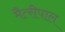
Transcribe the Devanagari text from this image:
मैत्‍रीपाल